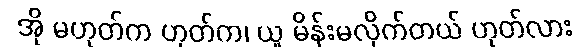
အို မဟုတ်က ဟုတ်က၊ ယူ မိန်းမလိုက်တယ် ဟုတ်လား